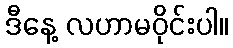
ဒီနေ့ လဟာမဝိုင်းပါ။